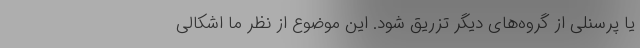
یا پرسنلی از گروه‌های دیگر تزریق شود. این موضوع از نظر ما اشکالی